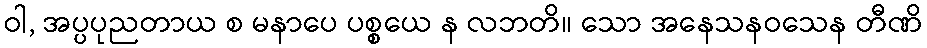
ဝါ, အပ္ပပုညတာယ စ မနာပေ ပစ္စယေ န လဘတိ။ သော အနေသနဝသေန တီဏိ